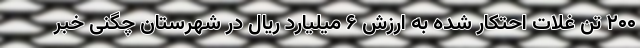
۲۰۰ تن غلات احتکار شده به ارزش ۶ میلیارد ریال در شهرستان چگنی خبر